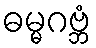
ဓမ္မဂဗ္ဘံ